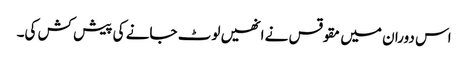
اس دوران میں مقوقس نے انھیں لوٹ جانے کی پیش کش کی۔